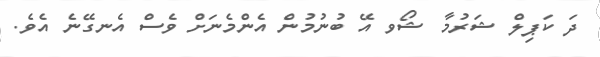
ދަ ކަޕިލް ޝަރުމާ ޝޯވ އޭ ބުނުމުން އެންމެނަށް ވެސް އެނގޭނެ އެވެ.